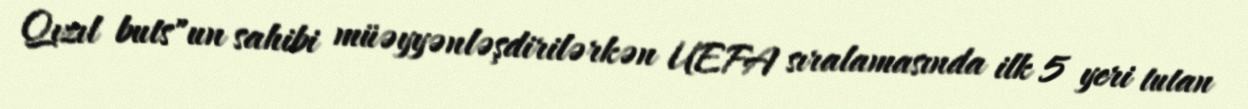
Qızıl buts"un sahibi müəyyənləşdirilərkən UEFA sıralamasında ilk 5 yeri tutan